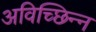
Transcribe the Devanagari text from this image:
अविच्छिन्‍न